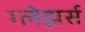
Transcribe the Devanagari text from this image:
ग्लेझर्स